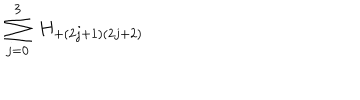
\sum _ { j = 0 } ^ { 3 } \: H _ { + ( 2 j + 1 ) ( 2 j + 2 ) } \: